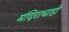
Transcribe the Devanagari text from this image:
मंदिराचाही